V__Kingissepa_nim__kolhoos, lk 15
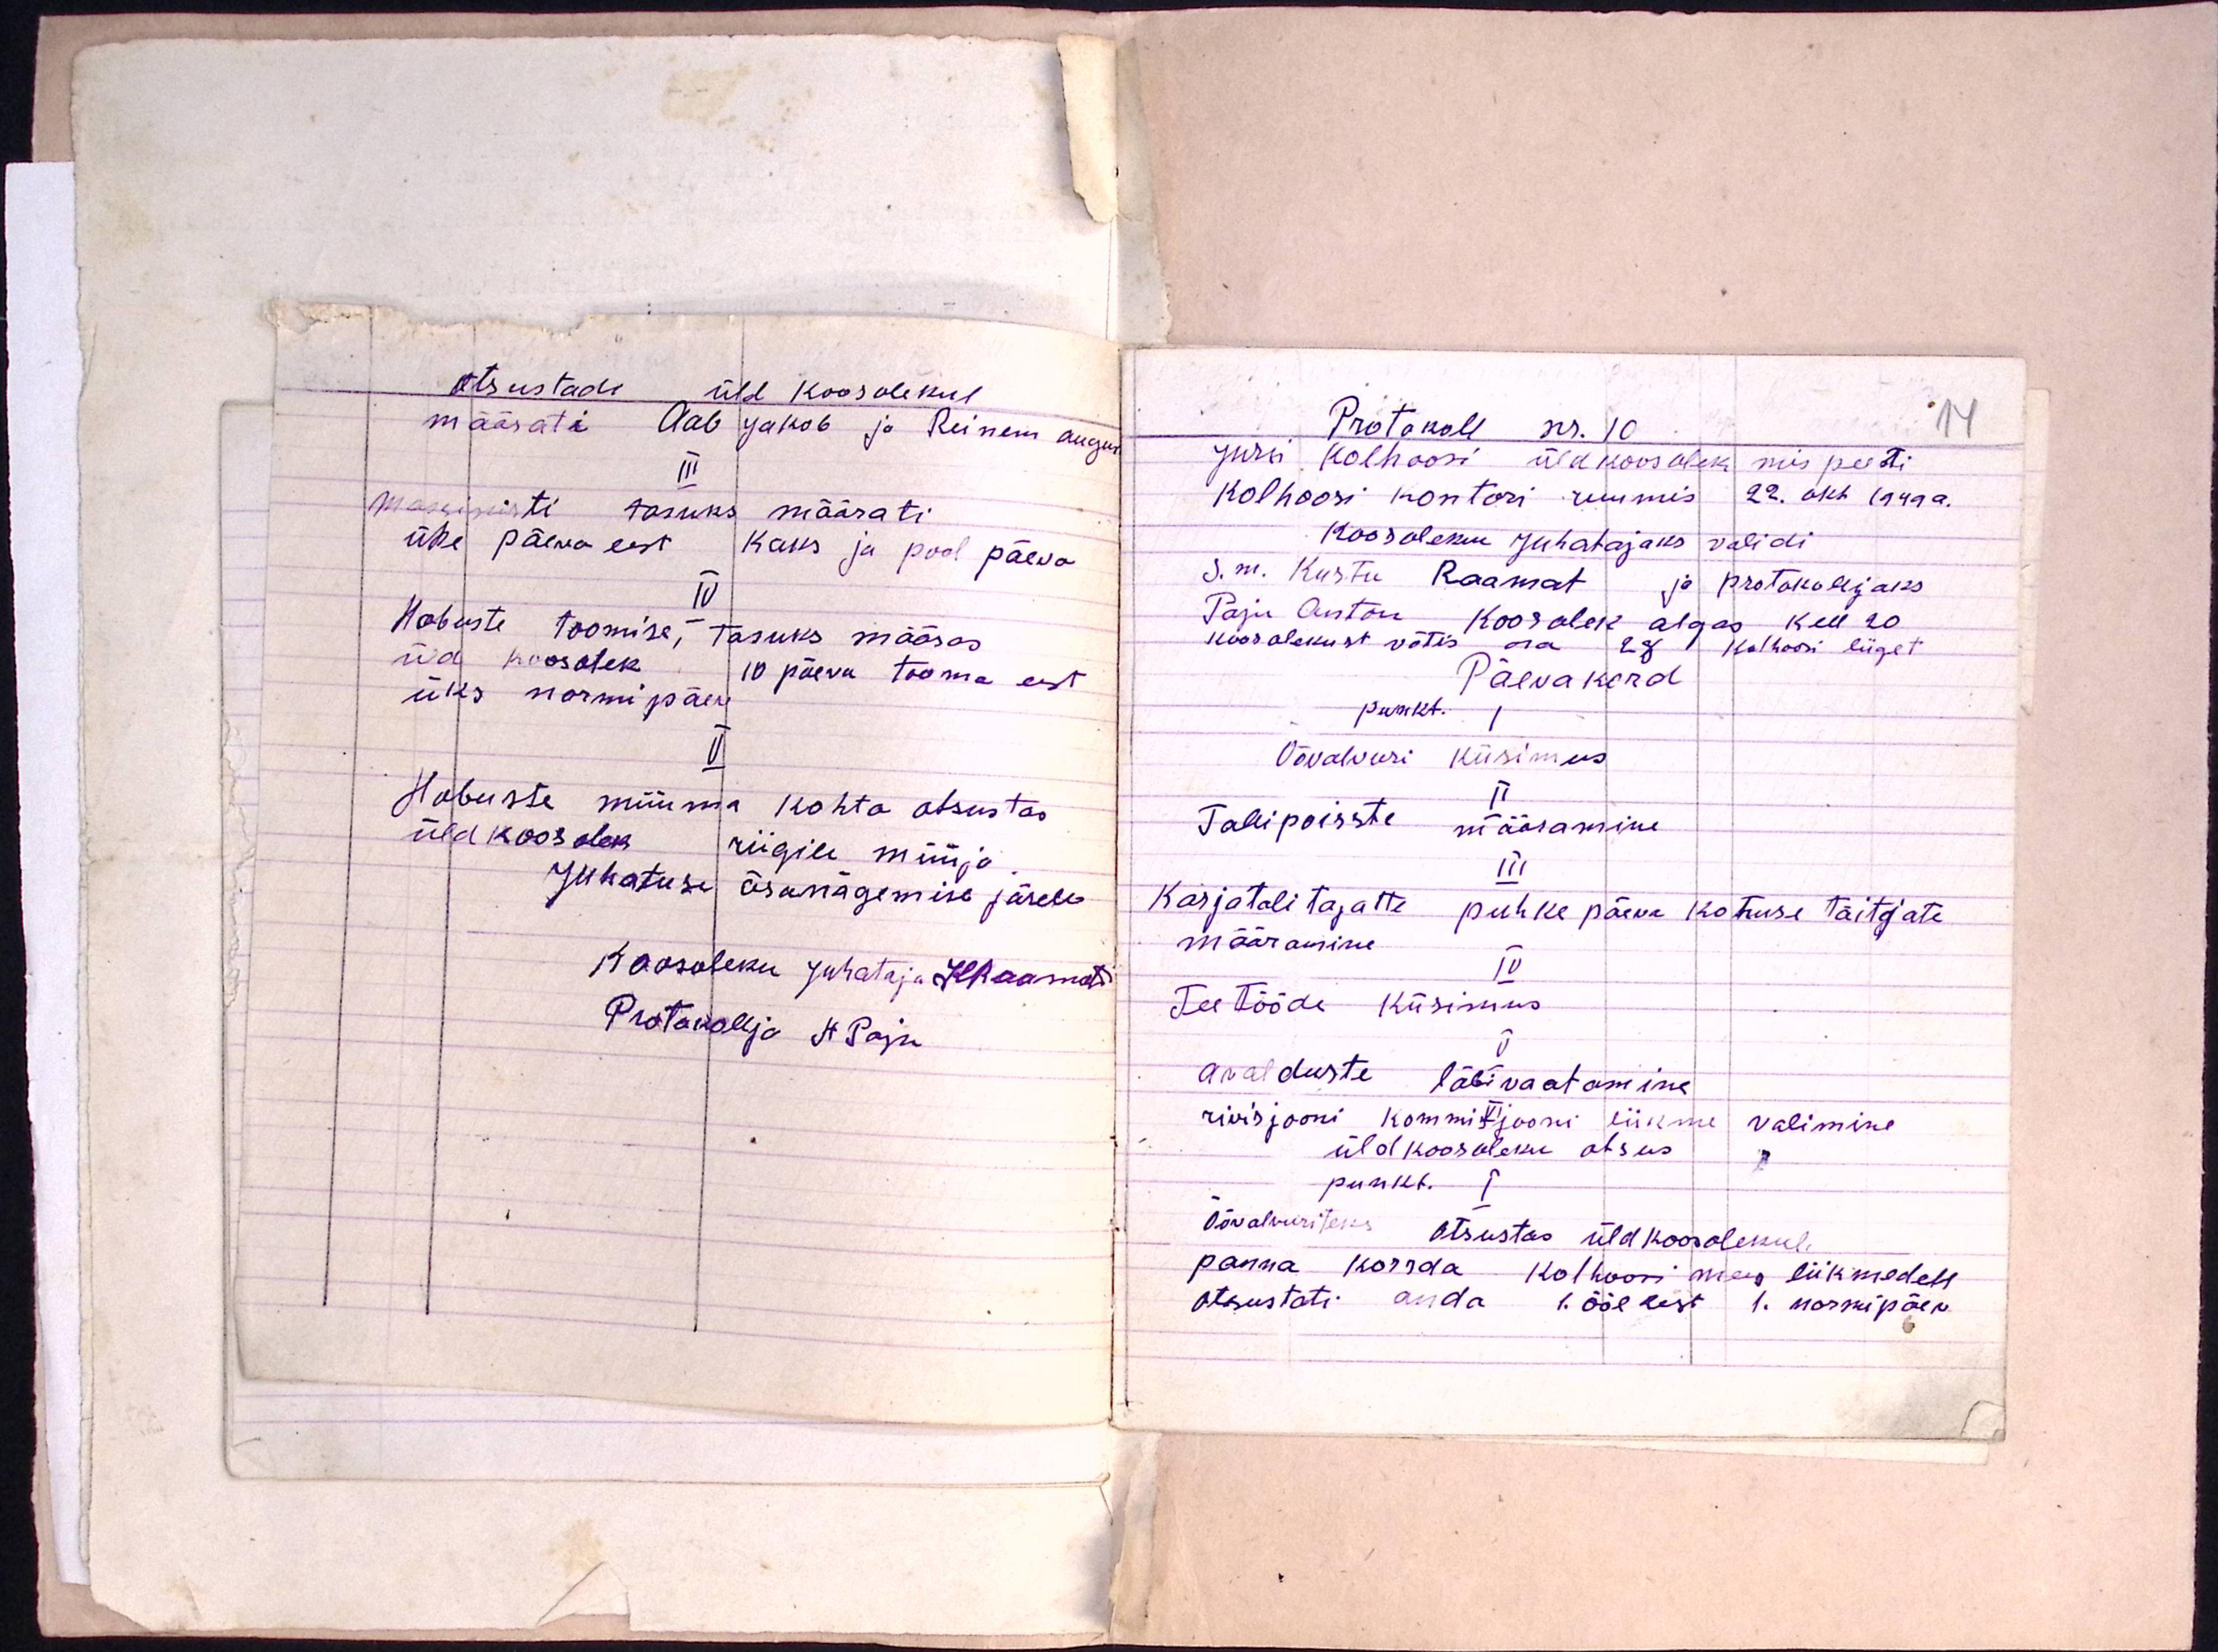
Otsustadi üld koosolekul
määrati Aab Jakob ja Reinem August
III
Massinisti tasuks tasuksmäärati
ühe päeva eest Kaks ja pool päeva
IV
Hobuste toomise, tasuks määras
üld koosolek 10 päeva tooma eest
üks normipäew
V
Hobuste müüma kohta otsustas
üldkoosolek riigile müüja
juhatuse äranägemise järele
Koosoleku juhataja KRaamat
Protokollja H Paju

Protokoll nr. 10
14
Jursi kolhoosi üldkoosolek mis peeti
kolhoosi kontori ruumis 22. okt 1949 a.
Koosoleku juhatajaks validi
S. m. Kustu Raamat ja protokolljaks
Paju Anton Koosolek algas kell 20
koosolekust võtis osa 28 kolhoosi liiget
Päevakord
Punkt I
Öövalvuri küsimus
II
Tallipoisste määramine
III
Karjatalitajatte puhke päeva kohuse täitjate
määramine
IV
Tee tööde küsimus
V
avalduste läbivaatamine
rivisjooni kommisjoonis liikme valimine
üldkoosoleku otsus.
punkt.
Öövalvuriteks otsustas üldkoosolekul
panna korrda kolhoosi mees liikmedele
otsustati anda 1. ööl eest 1. normipäev